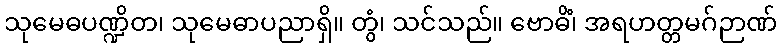
သုမေဓပဏ္ဍိတ၊ သုမေဓာပညာရှိ။ တွံ၊ သင်သည်။ ဗောဓိံ၊ အရဟတ္တမဂ်ဉာဏ်